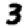
Digit: 3